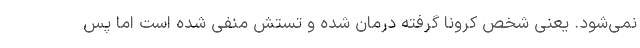
نمی‌شود. یعنی شخص کرونا گرفته درمان شده و تستش منفی شده است اما پس